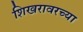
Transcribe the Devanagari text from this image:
शिखरावरच्या